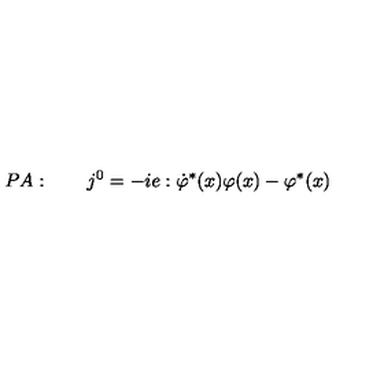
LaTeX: P A : \qquad j ^ { 0 } = - i e : \dot { \varphi } ^ { \ast } ( x ) \varphi ( x ) - \varphi ^ { \ast } ( x )